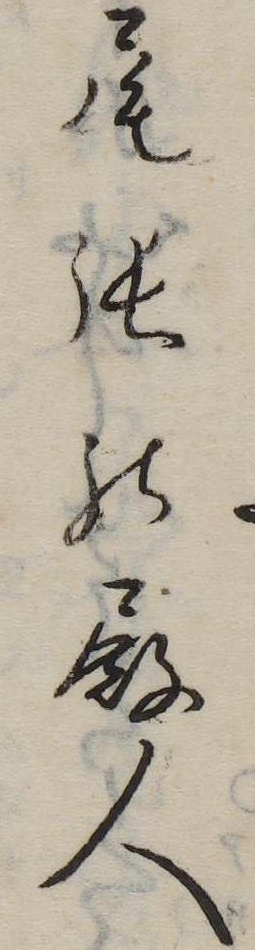
尾張の殿人